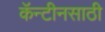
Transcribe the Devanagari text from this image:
कॅन्टीनसाठी